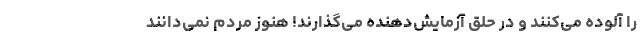
را آلوده می‌کنند و در حلق آزمایش‌دهنده می‌گذارند! هنوز مردم نمی‌دانند